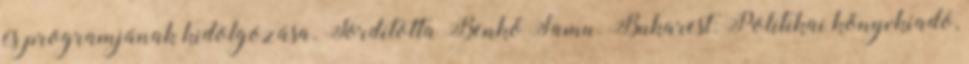
és programjának kidolgozása. Fordította Benkő Samu. Bukarest: Politikai könyvkiadó,